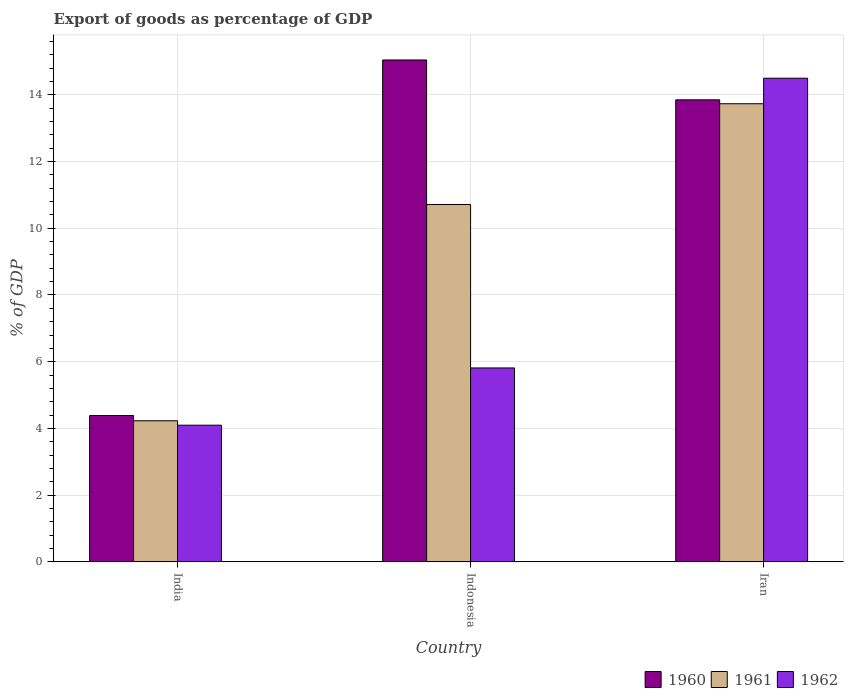
| Country | 1960 | 1961 | 1962 |
 | --- | --- | --- | --- |
 | India | 4.39 | 4.23 | 4.1 |
 | Indonesia | 15 | 10.7 | 5.81 |
 | Iran | 13.8 | 13.7 | 14.5 |